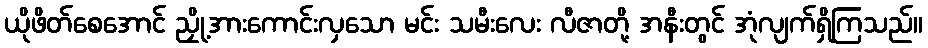
ယိုဖိတ်စေအောင် ညှို့အားကောင်းလှသော မင်း သမီးလေး လီဇာတို့ အနီးတွင် အုံလျက်ရှိကြသည်။